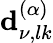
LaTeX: \mathbf{d}_{\nu,lk}^{(\alpha)}